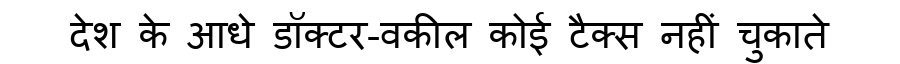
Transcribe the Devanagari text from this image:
देश के आधे डॉक्टर-वकील कोई टैक्स नहीं चुकाते